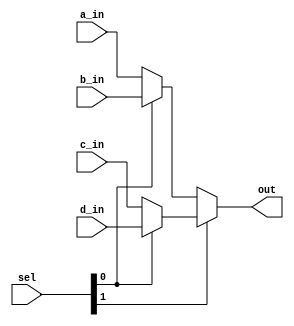
`timescale 1ns / 1ps
//////////////////////////////////////////////////////////////////////////////////
// Company: 
// Engineer: 
// 
// Design Name: 
// Module Name: Multiplexer
// Project Name: 
// Target Devices: 
// Tool Versions: 
// Description: 
// 
// Dependencies: 
// 
// Revision:
// Revision 0.01 - File Created
// Additional Comments:
// 
//////////////////////////////////////////////////////////////////////////////////


module Multiplexer(
    input [3:0] a_in,b_in,c_in,d_in,
    input [1:0] sel,
    output [3:0] out
    );
    
    //reg [3:0] out;
    /*
    // using else if block
    always@(a_in,b_in,c_in,d_in,sel)
    begin
    if(sel == 2'b00)
        out <= a_in;
    else if(sel == 2'b01)
        out <= b_in;
    else if(sel == 2'b10)
        out <= c_in;
    else
        out <= d_in;               
    end 
    */
    /*
    // using case construct
    //always@(a_in,b_in,c_in,d_in,sel) // or
    always@(*)
    begin
    case(sel)
        2'b00 : out <= a_in;
        2'b01 : out <= b_in;
        2'b10 : out <= c_in;
        default: out <= d_in;
    endcase
    end
    */
    
    // using ternary operator
    assign out = sel[1] ? (sel[0] ? d_in : c_in) : (sel[0] ? b_in : a_in);
endmodule